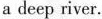
a deep river.